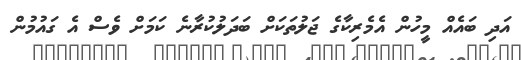
އަދި ބައެއް މީހުން އެމެރިކާގެ ޖަލުތަކަށް ބަދަލުކުރާނެ ކަމަށް ވެސް އެ ގައުމުން